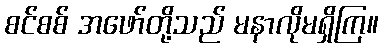
စင်စစ် အဖော်တို့သည် မနာလိုမရှိကြ။